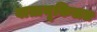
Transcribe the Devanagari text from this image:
वातानूकिलत